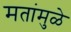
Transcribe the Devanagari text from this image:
मतांमुळे